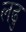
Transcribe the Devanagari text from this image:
लढु